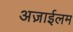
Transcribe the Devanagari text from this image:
अज़ाईलम